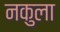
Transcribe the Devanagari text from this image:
नकुला